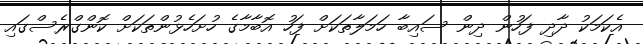
އެކަމަކު ދާދި ފަހުން ދިން ސައިބާ ހަމަލާތަކަށް ފަހު އޮބާމާގެ ހުށަހެޅުންތަކަށް ކޮންގްރެސްގައި